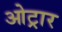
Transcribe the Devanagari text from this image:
ओट्रार